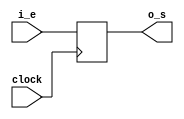
`timescale 1ns / 1ps
//////////////////////////////////////////////////////////////////////////////////
// Company: 
// Engineer: 
// 
// Design Name: 
// Module Name:    ejercicio_1 
// Project Name: 
// Target Devices: 
// Tool versions: 
// Description: 
//
// Dependencies: l
//
// Revision: 
// Revision 0.01 - File Created
// Additional Comments: 
//

//1.	Escriba un modelo Verilog para un registro parametrizable. En caso de no indicar ningn valor para el parmetro
// el registro debe ser de 32 bits.
//////////////////////////////////////////////////////////////////////////////////
module ejercicio_1#(parameter N=32)(
	input wire [N-1:0]i_e,
	output reg [N-1:0]o_s,
	input wire clock
    );
	 
	 always@(posedge clock)
	 o_s <= i_e;


endmodule